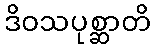
ဒိဝသပုစ္ဆာတိ